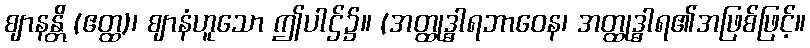
ဈာနန္တိ (ဧတ္ထ)၊ ဈာနံဟူသော ဤပါဌ်၌။ (အတ္ထုဒ္ဓာရဘာဝေန၊ အတ္ထုဒ္ဓာရ၏အဖြစ်ဖြင့်။